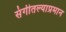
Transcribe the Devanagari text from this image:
संगीतल्याप्रमान